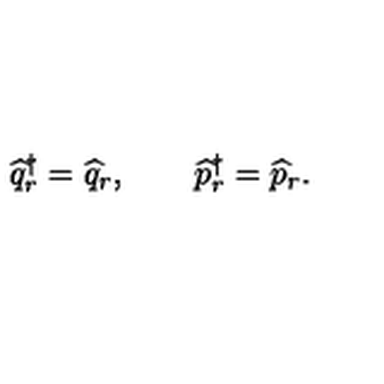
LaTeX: \widehat q _ { r } ^ { \dagger } = \widehat q _ { r } , \qquad \widehat p _ { r } ^ { \dagger } = \widehat p _ { r } .